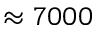
\approx 7 0 0 0